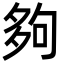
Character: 夠